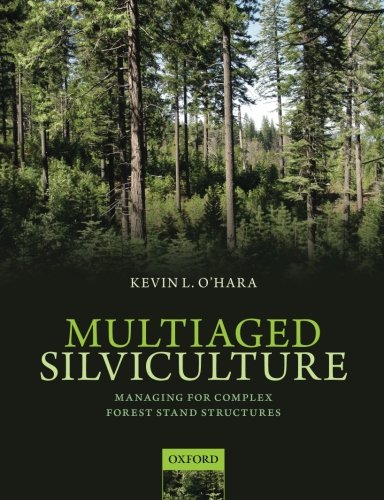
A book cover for Multiaged Silviculture: Managing for Complex Forest Stand Structures; Kevin O'Hara; Science & Math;